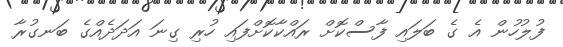
ފުލުހުން އެ ގެ ބަލައި ފާސްކޮށް ރައްކާކޮށްފައި ހުރި ގިނަ އަދަދެއްގެ ބަނގުރާ